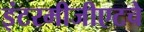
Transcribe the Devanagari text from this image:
इंटरमीजीएटचे